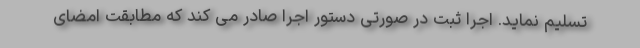
تسلیم نماید. اجرا ثبت در صورتی دستور اجرا صادر می کند که مطابقت امضای